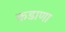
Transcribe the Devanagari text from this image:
कडाणा